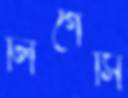
লিগেসি